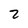
Character: 2